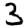
Digit: 3